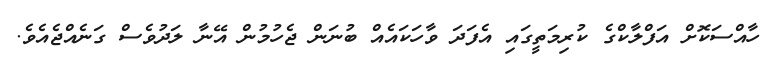
ހާއްސަކޮށް އަފްލާކްގެ ކުރިމަތީގައި އެފަދަ ވާހަކައެއް ބުނަން ޖެހުމުން އޭނާ ލަދުވެސް ގަނެއްޖެއެވެ.